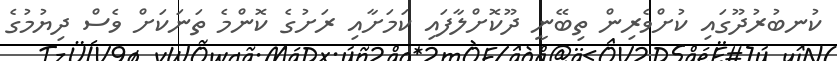
ކުނބުރުދޫގައި ކުށްވެރިން ތިބޭނީ ދޫކޮށްލާފައި ކަމަށާއި ރަށުގެ ކޮންމެ ތަނަކަށް ވެސް ދިޔުމުގެ